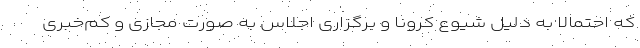
که احتمالا به دلیل شیوع کرونا و برگزاری اجلاس به صورت مجازی و کم‌خبری